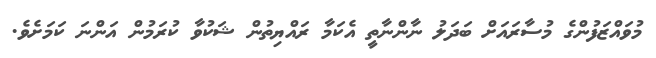
މުވައްޒަފުންގެ މުސާރައަށް ބަދަލު ނާންނާތީ އެކަމާ ރައްޔިތުން ޝަކުވާ ކުރަމުން އަންނަ ކަމަށެވެ.